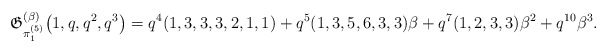
\begin{gather*}\mathfrak{G}_{\pi_{1}^{(5)}}^{(\beta)} \big(1,q,q^2,q^3\big)=q^4(1,3,3,3,2,1,1)+q^5(1,3,5,6,3,3) \beta+q^7(1,2,3,3) \beta^2+q^{10} \beta^3.\end{gather*}